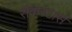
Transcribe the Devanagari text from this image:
रॉकस्टार्स